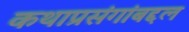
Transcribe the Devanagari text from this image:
कथाप्रसंगांबद्दल